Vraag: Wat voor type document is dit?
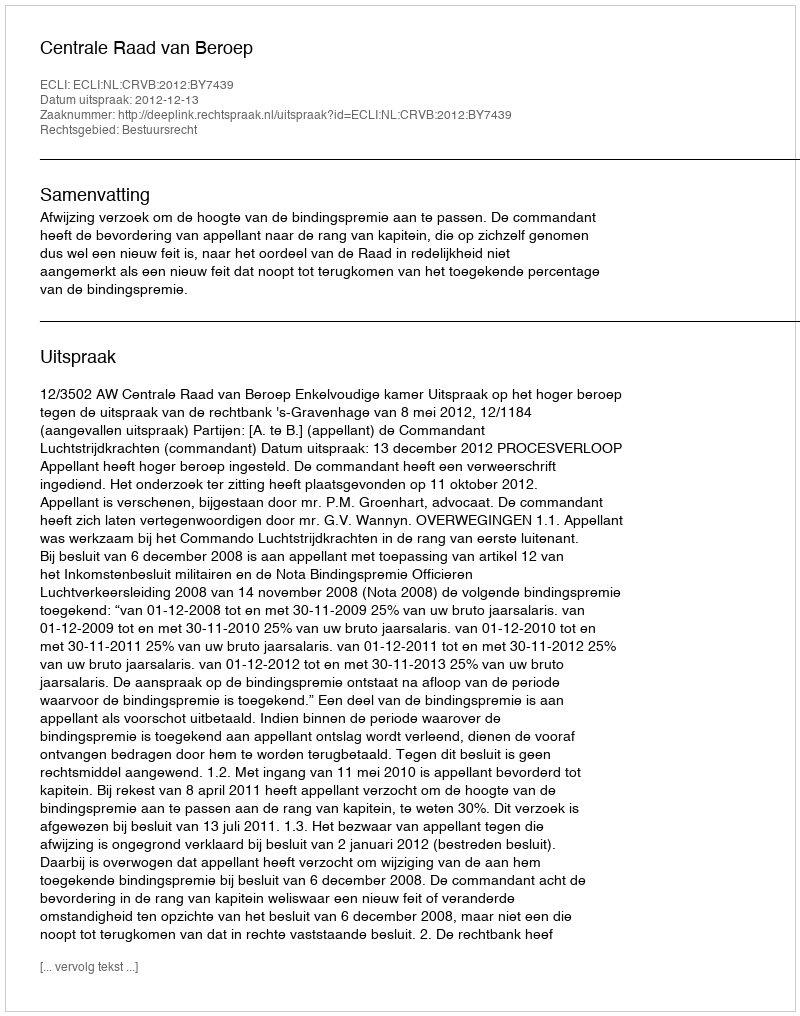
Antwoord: Uitspraak